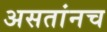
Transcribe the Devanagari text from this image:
असतांनच